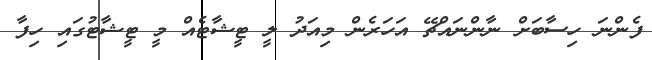
ފެންނަ ހިސާބަށް ނާންނައްޗޭ އަހަރެން މިއަދު ލީ ޓީޝާޓެއް މީ ޓީޝާޓުގައި ހިފާ